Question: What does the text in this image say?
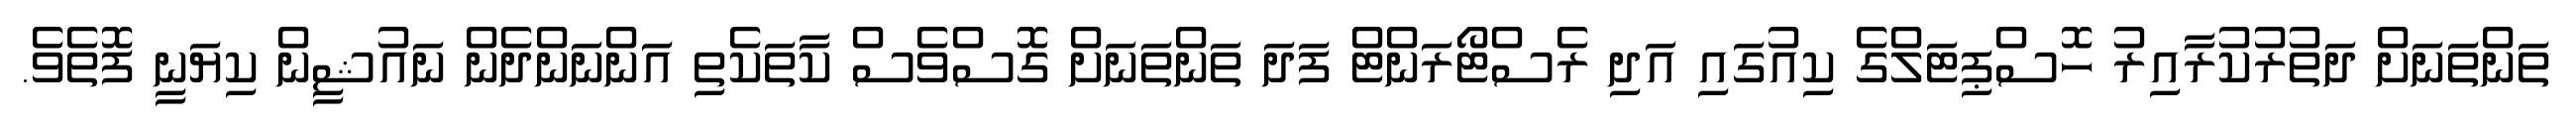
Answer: ތަންތަނަށް ދަތުރުކުރާއިރު ހޮސްޕިޓަލްގެ ކިއުގައި އަދި ރެސްޓޯރަންޓް ފަދަ ތަންތަނަށް ގޮސްވެސް ކާތަކެތި އަންނަންދެން ނައުޝީން ކިޔަނީ ފޮތެވެ.